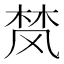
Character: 𮨴